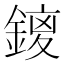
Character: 𮢥